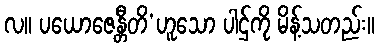
လ။ ပယောဇေန္တီတိ’ဟူသော ပါဌ်ကို မိန့်သတည်း။